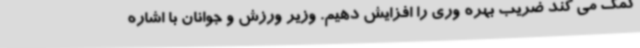
کمک می کند ضریب بهره وری را افزایش دهیم. وزیر ورزش و جوانان با اشاره